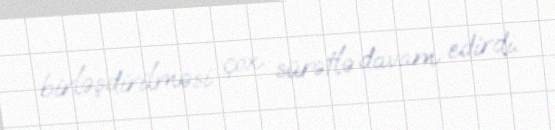
birləşdirilməsi çox sürətlə davam edirdi.